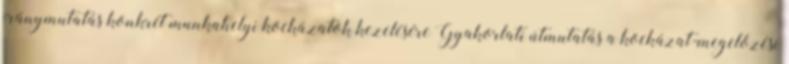
iránymutatás konkrét munkahelyi kockázatok kezelésére Gyakorlati útmutatás a kockázat-megelőzési